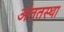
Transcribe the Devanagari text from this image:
अंततस्था